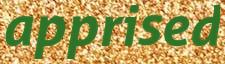
apprised